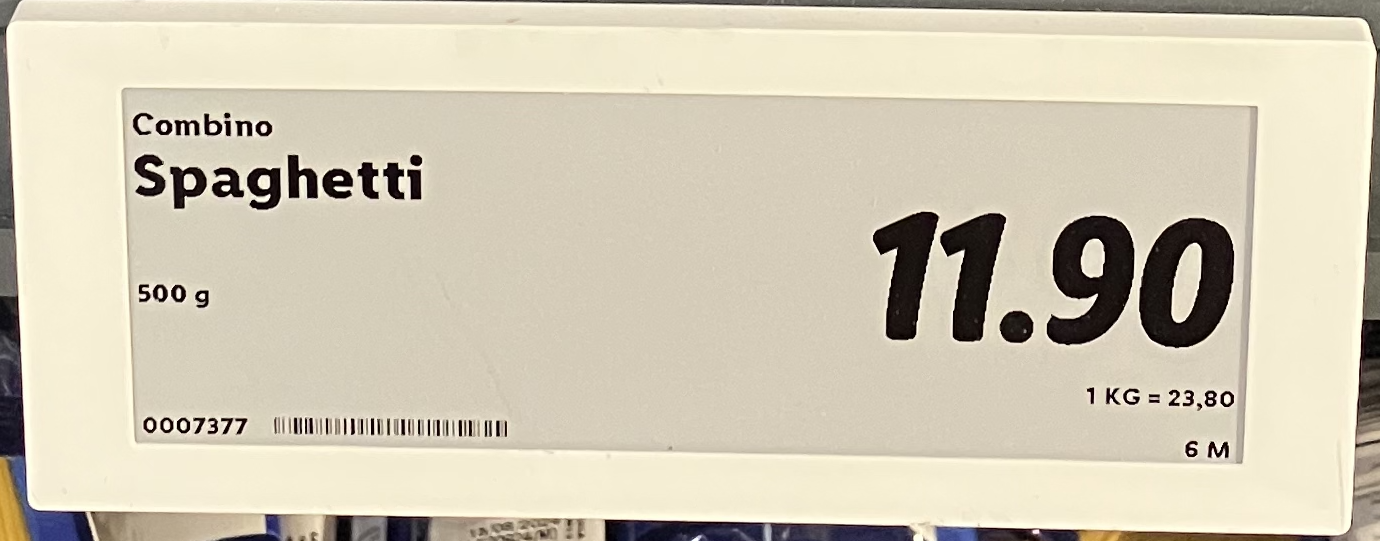
Vara: Spaghetti
Genomsnittspris: 23.8 per kg